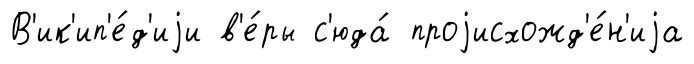
В'ик'ип'е́д'иjи в'е́ры с'юда́ проjисхожд'е́н'иjа